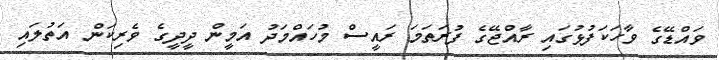
ވައްޑޭގެ ވާހަކަފުޅުގައި ރާއްޖޭގެ ފުރަތަމަ ރައީސް މުހައްމަދު އަމީން ދީދީގެ ވެރިކަން އަތުލައި